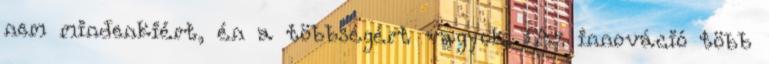
nem mindenkiért, én a többségért vagyok. „Az innováció több